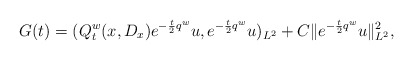
\begin{align*}G(t)=(Q_t^w(x,D_x)e^{-\frac{t}{2}q^w}u,e^{-\frac{t}{2}q^w}u)_{L^2}+C\|e^{-\frac{t}{2}q^w}u\|_{L^2}^2,\end{align*}